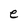
Character: e